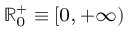
\scriptstyle \mathbb { R } _ { 0 } ^ { + } \; \equiv \; \left[ 0 , \, + \infty \right)